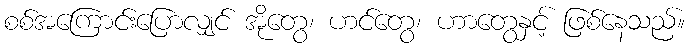
စစ်အကြောင်းပြောလျှင် အိုတွေ၊ ဟင်တွေ၊ ဟာတွေနှင့် ဖြစ်နေသည်။